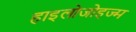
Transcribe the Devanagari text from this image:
हाइलोजोइज्म